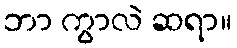
ဘာ ကွာလဲ ဆရာ။